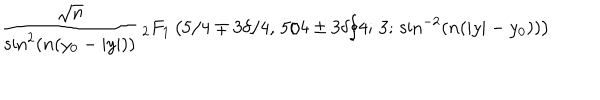
\frac { \sqrt { n } } { \sin ^ { 2 } \left( n ( y _ { 0 } - | y | ) \right) } { \, } _ { 2 } F _ { 1 } \left( 5 / 4 \mp 3 \delta / 4 , \, 5 / 4 \pm 3 \delta / 4 ; \, 3 ; \, \sin ^ { - 2 } \left( n ( | y | - y _ { 0 } ) \right) \right)